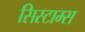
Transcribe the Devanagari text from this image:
सिस्टाम्स